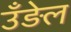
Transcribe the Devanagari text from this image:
उँड़ेल